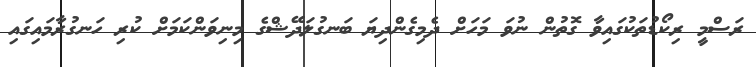
ރަސްމީ ރިކޯޑުތަކުގައިވާ ގޮތުން ނުވަ މަހަށް ދެމިގެންދިޔަ ބަނގުލަދޭޝްގެ މިނިވަންކަމަށް ކުރި ހަނގުރާމައިގައި